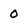
Character: 0